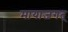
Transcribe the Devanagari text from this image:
मायाजगत्